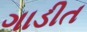
ગાડીત